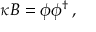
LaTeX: \kappa B = \phi \phi ^ { \dagger } \, ,